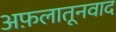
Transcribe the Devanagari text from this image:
अफ़लातूनवाद